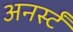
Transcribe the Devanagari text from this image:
अनर्स्टं